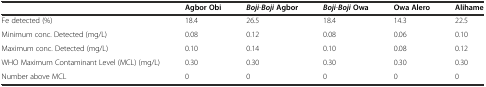
<table><thead><tr><td></td><td><b>Agbor Obi</b></td><td><b><i>Boji</i>-<i>Boji</i>Agbor</b></td><td><b><i>Boji</i>-<i>Boji</i>Owa</b></td><td><b>Owa Alero</b></td><td><b>Alihame</b></td></tr></thead><tbody><tr><td>Fe detected (%)</td><td>18.4</td><td>26.5</td><td>18.4</td><td>14.3</td><td>22.5</td></tr><tr><td>Minimum conc. Detected (mg/L)</td><td>0.08</td><td>0.12</td><td>0.08</td><td>0.06</td><td>0.10</td></tr><tr><td>Maximum conc. Detected (mg/L)</td><td>0.10</td><td>0.14</td><td>0.10</td><td>0.08</td><td>0.12</td></tr><tr><td>WHO Maximum Contaminant Level (MCL) (mg/L)</td><td>0.30</td><td>0.30</td><td>0.30</td><td>0.30</td><td>0.30</td></tr><tr><td>Number above MCL</td><td>0</td><td>0</td><td>0</td><td>0</td><td>0</td></tr></tbody></table>